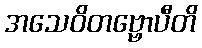
အသေဝိတဗ္ဗောပီတိ